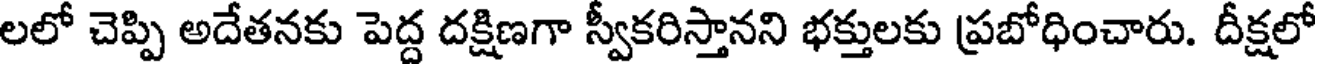
లలో చెప్పి అదేతనకు పెద్ద దక్షిణగా స్వీకరిస్తానని భక్తులకు ప్రబోధించారు. దీక్షలో